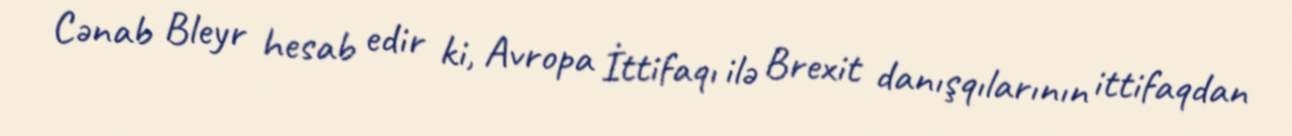
Cənab Bleyr hesab edir ki, Avropa İttifaqı ilə Brexit danışqılarının ittifaqdan